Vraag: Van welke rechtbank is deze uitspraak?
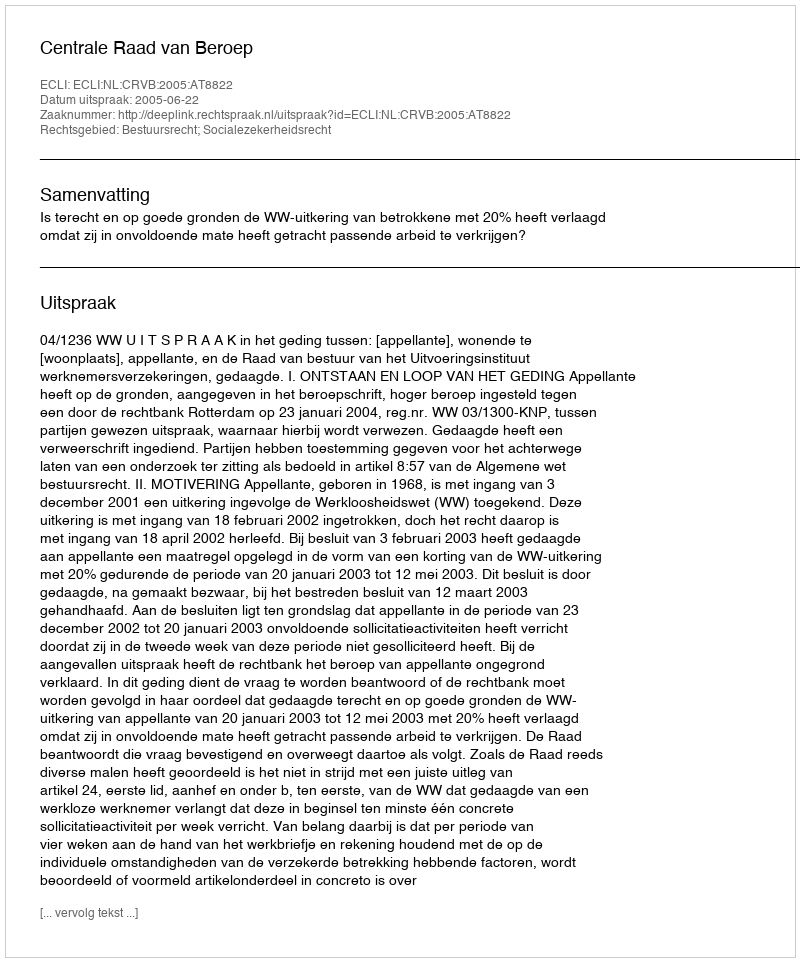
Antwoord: Centrale Raad van Beroep